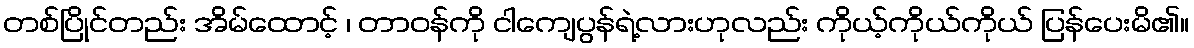
တစ်ပြိုင်တည်း အိမ်ထောင့် ၊ တာဝန်ကို ငါကျေပွန်ရဲ့လားဟုလည်း ကိုယ့်ကိုယ်ကိုယ် ပြန်ပေးမိ၏။